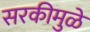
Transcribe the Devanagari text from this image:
सरकीमुळे